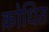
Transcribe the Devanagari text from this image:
क्रोधित